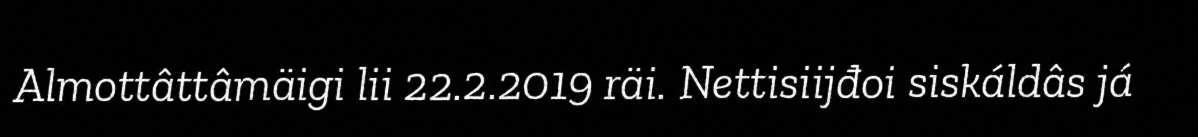
Almottâttâmäigi lii 22.2.2019 räi. Nettisiijđoi siskáldâs já